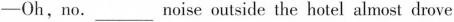
——Oh,no.___noise outside the hotel almost drove